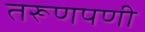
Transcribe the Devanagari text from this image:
तरूणपणी